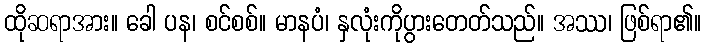
ထိုဆရာအား။ ခေါ ပန၊ စင်စစ်။ မာနပံ၊ နှလုံးကိုပွားတေတ်သည်။ အဿ၊ ဖြစ်ရာ၏။